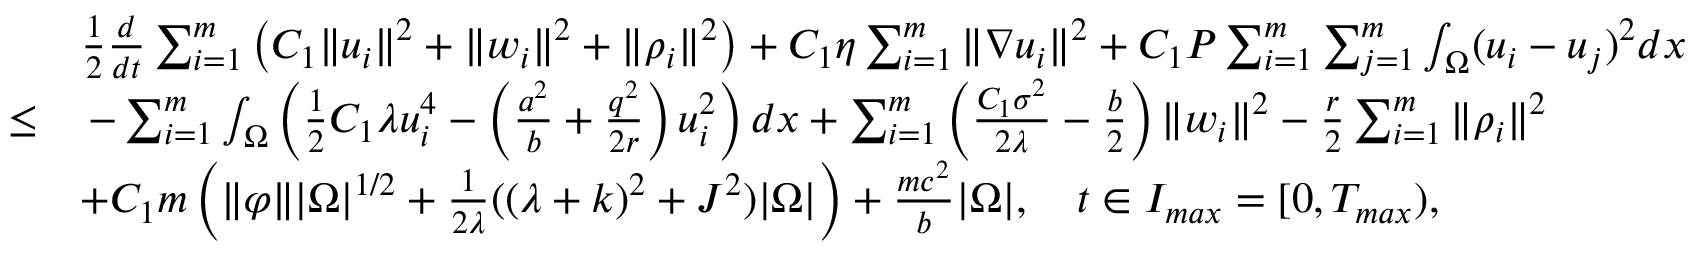
\begin{array} { r l } & { \frac { 1 } { 2 } \frac { d } { d t } \sum _ { i = 1 } ^ { m } \left( C _ { 1 } \| u _ { i } \| ^ { 2 } + \| w _ { i } \| ^ { 2 } + \| \rho _ { i } \| ^ { 2 } \right) + C _ { 1 } \eta \sum _ { i = 1 } ^ { m } \| \nabla u _ { i } \| ^ { 2 } + C _ { 1 } P \sum _ { i = 1 } ^ { m } \sum _ { j = 1 } ^ { m } \int _ { \Omega } ( u _ { i } - u _ { j } ) ^ { 2 } d x } \\ { \leq } & { \, - \sum _ { i = 1 } ^ { m } \int _ { \Omega } \left( \frac { 1 } { 2 } C _ { 1 } \lambda u _ { i } ^ { 4 } - \left( \frac { a ^ { 2 } } { b } + \frac { q ^ { 2 } } { 2 r } \right) u _ { i } ^ { 2 } \right) d x + \sum _ { i = 1 } ^ { m } \left( \frac { C _ { 1 } \sigma ^ { 2 } } { 2 \lambda } - \frac { b } { 2 } \right) \| w _ { i } \| ^ { 2 } - \frac { r } { 2 } \sum _ { i = 1 } ^ { m } \| \rho _ { i } \| ^ { 2 } } \\ & { + C _ { 1 } m \left( \| \varphi \| | \Omega | ^ { 1 / 2 } + \frac { 1 } { 2 \lambda } ( ( \lambda + k ) ^ { 2 } + J ^ { 2 } ) | \Omega | \right) + \frac { m c ^ { 2 } } { b } | \Omega | , \quad t \in I _ { m a x } = [ 0 , T _ { m a x } ) , } \end{array}